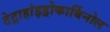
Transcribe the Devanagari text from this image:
टेट्राहांइड्रोकार्बिनोल